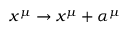
x ^ { \mu } \rightarrow x ^ { \mu } + \alpha ^ { \mu }